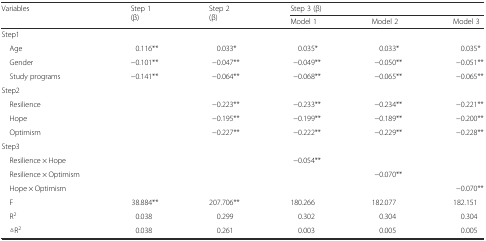
| <ROWSPAN=2> Variables | <ROWSPAN=2> Step 1 (β) | <ROWSPAN=2> Step 2 (β) | <COLSPAN=3> Step 3 (β) |
 | Model 1 | Model 2 | Model 3 |
 | --- | --- | --- | --- | --- | --- |
 | <COLSPAN=6> Step1 |
 | Age | 0.116** | 0.033* | 0.035* | 0.033* | 0.035* |
 | Gender | −0.101** | −0.047** | −0.049** | −0.050** | −0.051** |
 | Study programs | −0.141** | −0.064** | −0.068** | −0.065** | −0.065** |
 | <COLSPAN=6> Step2 |
 | Resilience |  | −0.223** | −0.233** | −0.234** | −0.221** |
 | Hope |  | −0.195** | −0.199** | −0.189** | −0.200** |
 | Optimism |  | −0.227** | −0.222** | −0.229** | −0.228** |
 | <COLSPAN=6> Step3 |
 | Resilience × Hope |  |  | −0.054** |  |  |
 | Resilience × Optimism |  |  |  | −0.070** |  |
 | Hope × Optimism |  |  |  |  | −0.070** |
 | F | 38.884** | 207.706** | 180.266 | 182.077 | 182.151 |
 | R2 | 0.038 | 0.299 | 0.302 | 0.304 | 0.304 |
 | △R2 | 0.038 | 0.261 | 0.003 | 0.005 | 0.005 |